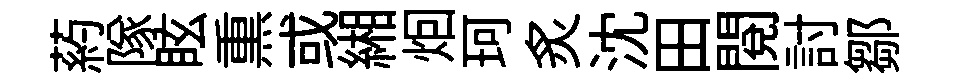
葯隊眩𤋱或緗𤇆珂炙沈田閲討鄒